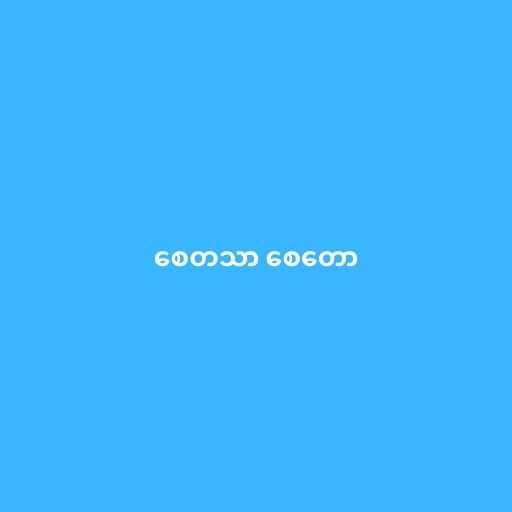
စေတသာ စေတော